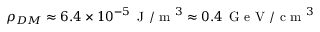
\rho _ { D M } \approx 6 . 4 \times 1 0 ^ { - 5 } \, \textrm { J } / \textrm { m } ^ { 3 } \approx 0 . 4 \, \textrm { G e V } / \textrm { c m } ^ { 3 }